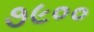
૭૯૦૦